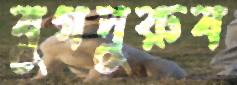
যুগপুরুষ